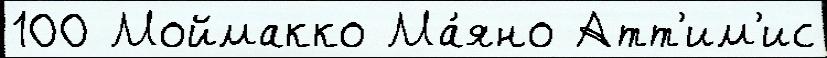
100 Моймакко Ма́яно Атт'им'ис